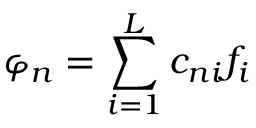
\varphi _ { n } = \sum _ { i = 1 } ^ { L } c _ { n i } f _ { i }